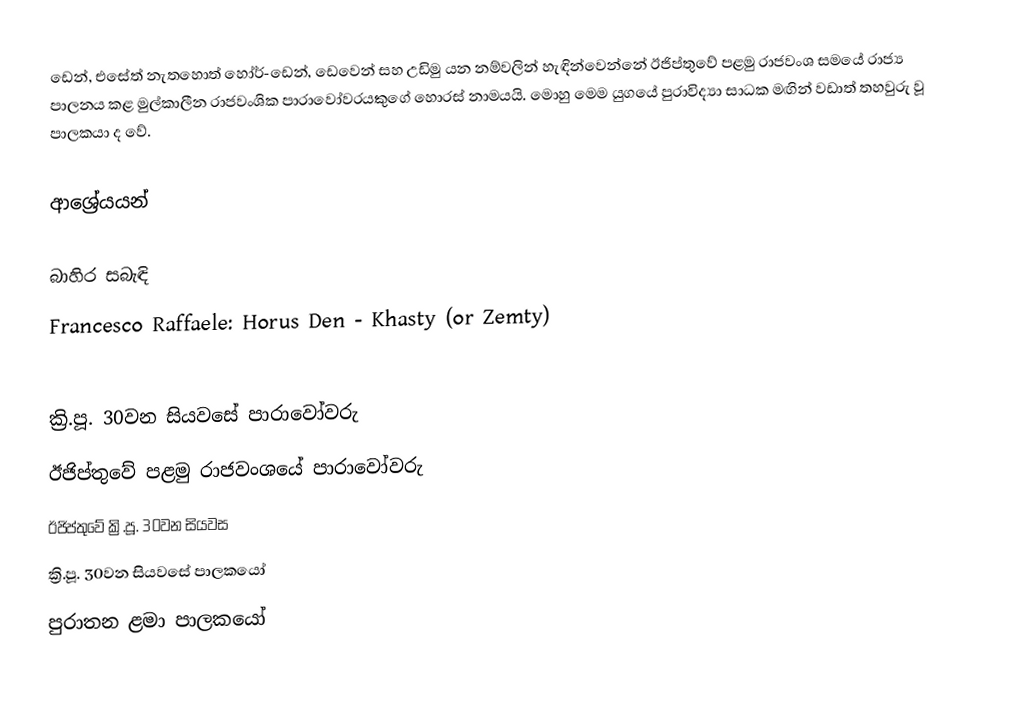
ඩෙන්, එසේත් නැතහොත් හෝර්-ඩෙන්, ඩෙවෙන් සහ උඩිමු යන නම්වලින් හැඳින්වෙන්නේ ඊජිප්තුවේ පළමු රාජවංශ සමයේ රාජ්‍ය පාලනය කළ මුල්කාලීන රාජවංශික පාරාවෝවරයකුගේ හොරස් නාමයයි. මොහු මෙම යුගයේ පුරාවිද්‍යා සාධක මඟින් වඩාත් තහවුරු වූ පාලකයා ද වේ.

ආශ්‍රේයයන්

බාහිර සබැඳි
 Francesco Raffaele: Horus Den - Khasty (or Zemty)

ක්‍රි.පූ. 30වන සියවසේ පාරාවෝවරු
ඊජිප්තුවේ පළමු රාජවංශයේ පාරාවෝවරු
ඊජිප්තුවේ ක්‍රි.පූ. 30වන සියවස
ක්‍රි.පූ. 30වන සියවසේ පාලකයෝ
පුරාතන ළමා පාලකයෝ